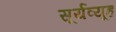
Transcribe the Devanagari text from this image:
सूर्यव्यूह